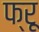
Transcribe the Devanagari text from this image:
फ्रू